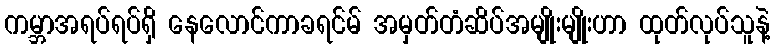
ကမ္ဘာအရပ်ရပ်ရှိ နေလောင်ကာခရင်မ် အမှတ်တံဆိပ်အမျိုးမျိုးဟာ ထုတ်လုပ်သူနဲ့